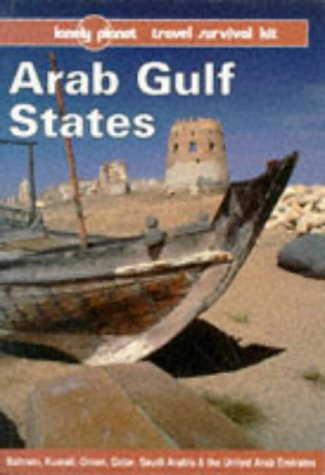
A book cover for Arab Gulf States: Bahrain, Kuwait, Oman, Qatar, Saudi Arabia & the United Arab Emirates (Lonely Planet Travel Survival Kit); Gordon Robison; Travel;